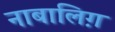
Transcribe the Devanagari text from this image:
नाबालिग़